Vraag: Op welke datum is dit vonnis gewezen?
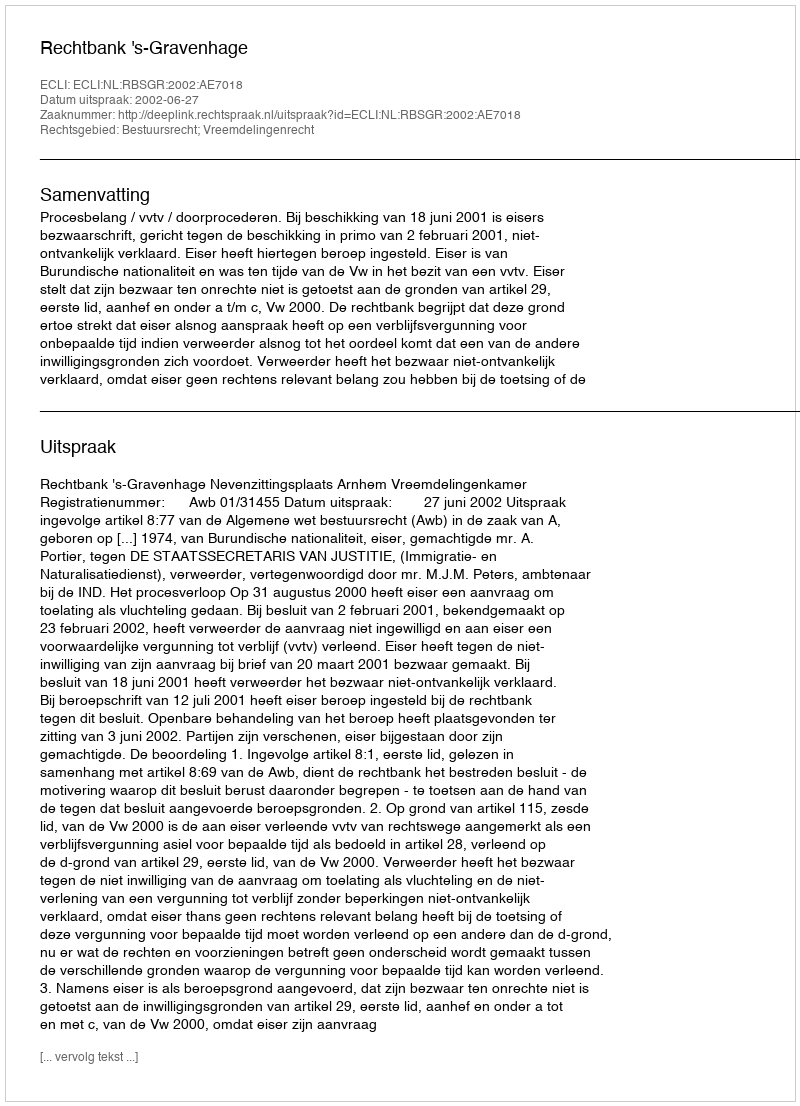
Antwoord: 2002-06-27